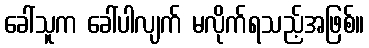
ခေါ်သူက ခေါ်ပါလျက် မလိုက်ရသည့်အဖြစ်။